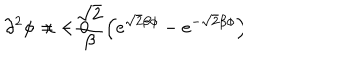
\partial ^ { 2 } \phi = - \frac { \sqrt { 2 } } { \beta } \left( e ^ { \sqrt { 2 } \beta \phi } - e ^ { - \sqrt { 2 } \beta \phi } \right) \hspace { . 5 i n } \qquad x < 0